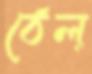
ঠেল্‌